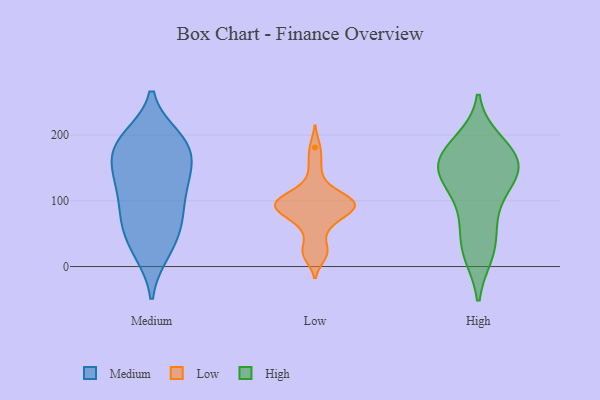
{"axis": {"x": "Temperature (°C)", "y": "Value"}, "legend": ["High", "Low", "Medium"], "data": [{"x": "", "y": 125, "type": "Medium"}, {"x": "", "y": 77, "type": "Medium"}, {"x": "", "y": 180, "type": "Medium"}, {"x": "", "y": 22, "type": "Medium"}, {"x": "", "y": 195, "type": "Medium"}, {"x": "", "y": 141, "type": "Medium"}, {"x": "", "y": 75, "type": "Medium"}, {"x": "", "y": 21, "type": "Medium"}, {"x": "", "y": 182, "type": "Medium"}, {"x": "", "y": 163, "type": "Medium"}, {"x": "", "y": 137, "type": "Medium"}, {"x": "", "y": 41, "type": "Medium"}, {"x": "", "y": 124, "type": "Medium"}, {"x": "", "y": 66, "type": "Medium"}, {"x": "", "y": 72, "type": "Medium"}, {"x": "", "y": 193, "type": "Medium"}, {"x": "", "y": 196, "type": "Medium"}, {"x": "", "y": 114, "type": "Medium"}, {"x": "", "y": 170, "type": "Medium"}, {"x": "", "y": 93, "type": "Low"}, {"x": "", "y": 30, "type": "Low"}, {"x": "", "y": 96, "type": "Low"}, {"x": "", "y": 76, "type": "Low"}, {"x": "", "y": 181, "type": "Low"}, {"x": "", "y": 91, "type": "Low"}, {"x": "", "y": 90, "type": "Low"}, {"x": "", "y": 107, "type": "Low"}, {"x": "", "y": 91, "type": "Low"}, {"x": "", "y": 106, "type": "Low"}, {"x": "", "y": 124, "type": "Low"}, {"x": "", "y": 58, "type": "Low"}, {"x": "", "y": 154, "type": "Low"}, {"x": "", "y": 101, "type": "Low"}, {"x": "", "y": 88, "type": "Low"}, {"x": "", "y": 68, "type": "Low"}, {"x": "", "y": 20, "type": "Low"}, {"x": "", "y": 16, "type": "Low"}, {"x": "", "y": 116, "type": "High"}, {"x": "", "y": 126, "type": "High"}, {"x": "", "y": 156, "type": "High"}, {"x": "", "y": 176, "type": "High"}, {"x": "", "y": 77, "type": "High"}, {"x": "", "y": 19, "type": "High"}, {"x": "", "y": 191, "type": "High"}, {"x": "", "y": 186, "type": "High"}, {"x": "", "y": 153, "type": "High"}, {"x": "", "y": 139, "type": "High"}, {"x": "", "y": 142, "type": "High"}, {"x": "", "y": 72, "type": "High"}, {"x": "", "y": 154, "type": "High"}, {"x": "", "y": 35, "type": "High"}, {"x": "", "y": 19, "type": "High"}, {"x": "", "y": 160, "type": "High"}]}